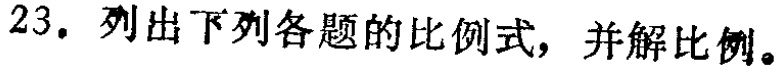
23. 列出下列各题的比例式，并解比例。